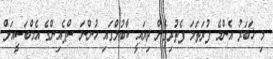
މި ޚަބަރު އެންމެ ފުރަތަމަ ފެތުރިގެން ދިޔައީ ކާބުލްގައި ހުންނަ ސްޕެއިންގެ އެމްބަސީއަށް